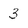
Character: 3